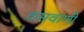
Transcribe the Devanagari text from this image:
वसवाणी